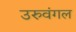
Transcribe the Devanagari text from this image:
उरुवंगल